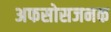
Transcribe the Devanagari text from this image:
अफसोसजनक